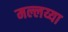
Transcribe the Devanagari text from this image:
मल्लय्या